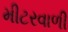
મીટરવાળી